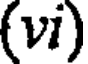
(vi)